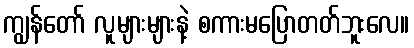
ကျွန်တော် လူများများနဲ့ စကားမပြောတတ်ဘူးလေ။